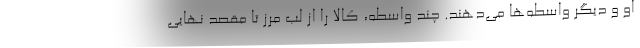
او و ديگر واسطه‌ها مي‌دهند. چند واسطه، كالا را از لب مرز تا مقصد نهايي